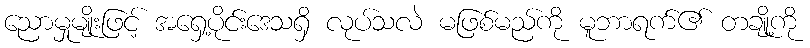
ညောမှုမျိုးဖြင့် အရှေ့ပိုင်းဒေသရှိ လုပ်သလဲ မဖြစ်မည်ကို မူဘာရက်၏ တချို့ကို